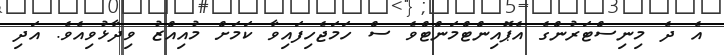
އެ ދެ މިނިސްޓަރުންގެ އެޕޮއިންޓްމަންޓްވެ ސް ހަމަޖެހިފަައިވާ ކަމަށް މުއިއްޒު ވިދާޅުވިއެވެ. އަދި